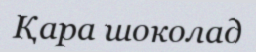
Қара шоколад